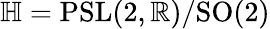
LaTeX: \mathbb{H}=\mathrm{{PSL}}(2,\mathbb{R})/\mathrm{{SO}}(2)